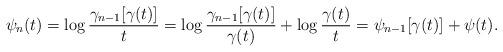
LaTeX: \begin{align*}\psi_n(t)=\log\frac{\gamma_{n-1}[\gamma(t)]}{t}=\log\frac{\gamma_{n-1}[\gamma(t)]}{\gamma(t)}+\log\frac{\gamma(t)}{t}=\psi_{n-1}[\gamma(t)]+\psi(t).\end{align*}